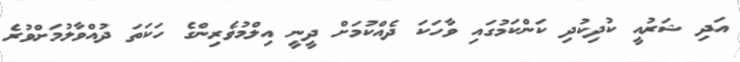
އަދި ޝަރުއީ ކުދިކުދި ކަންކަމުގައި ވާހަކަ ދެއްކުމަށް ދީނީ އިލްމުވެރިންގެ ހަކަތަ ދުއްވާލުމަށްވުރެ